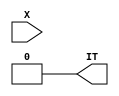
module JIS11NP(X, IT);
input   X;
output  IT;
wire	ENC ;
wire	tmg1m1_out_ ;
wire	bscn_xd0 ;
wire	bscn_d0 ;
wire	bscn_xd1 ;
wire	bscn_d1 ;
wire	tmg2m1_x ;
wire	out_buf_a ;
wire	out_buf_b ;
wire	out_buf_en ;
  not		g1(ENC, 1'b1) ;
  not		g2(tmg1m1_out_, 1'b0) ;
  and		g3(bscn_xd0, ENC, 1'b0) ;
  or		g4(bscn_d0, 1'b1, tmg1m1_out_) ;
  or		g5(bscn_xd1, 1'b1, 1'b0) ;
  and		g6(bscn_d1, ENC, tmg1m1_out_) ;
  not		g7(tmg2m1_x, X) ;
  not		g8(IT, tmg2m1_x) ;
  not		g9(out_buf_a, bscn_xd0) ;
  not		g10(out_buf_b, bscn_xd1) ;
  xor		g11(out_buf_en, out_buf_a, out_buf_b) ;
  notif0	g12(X, out_buf_a, out_buf_en) ;
endmodule